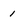
Character: 1